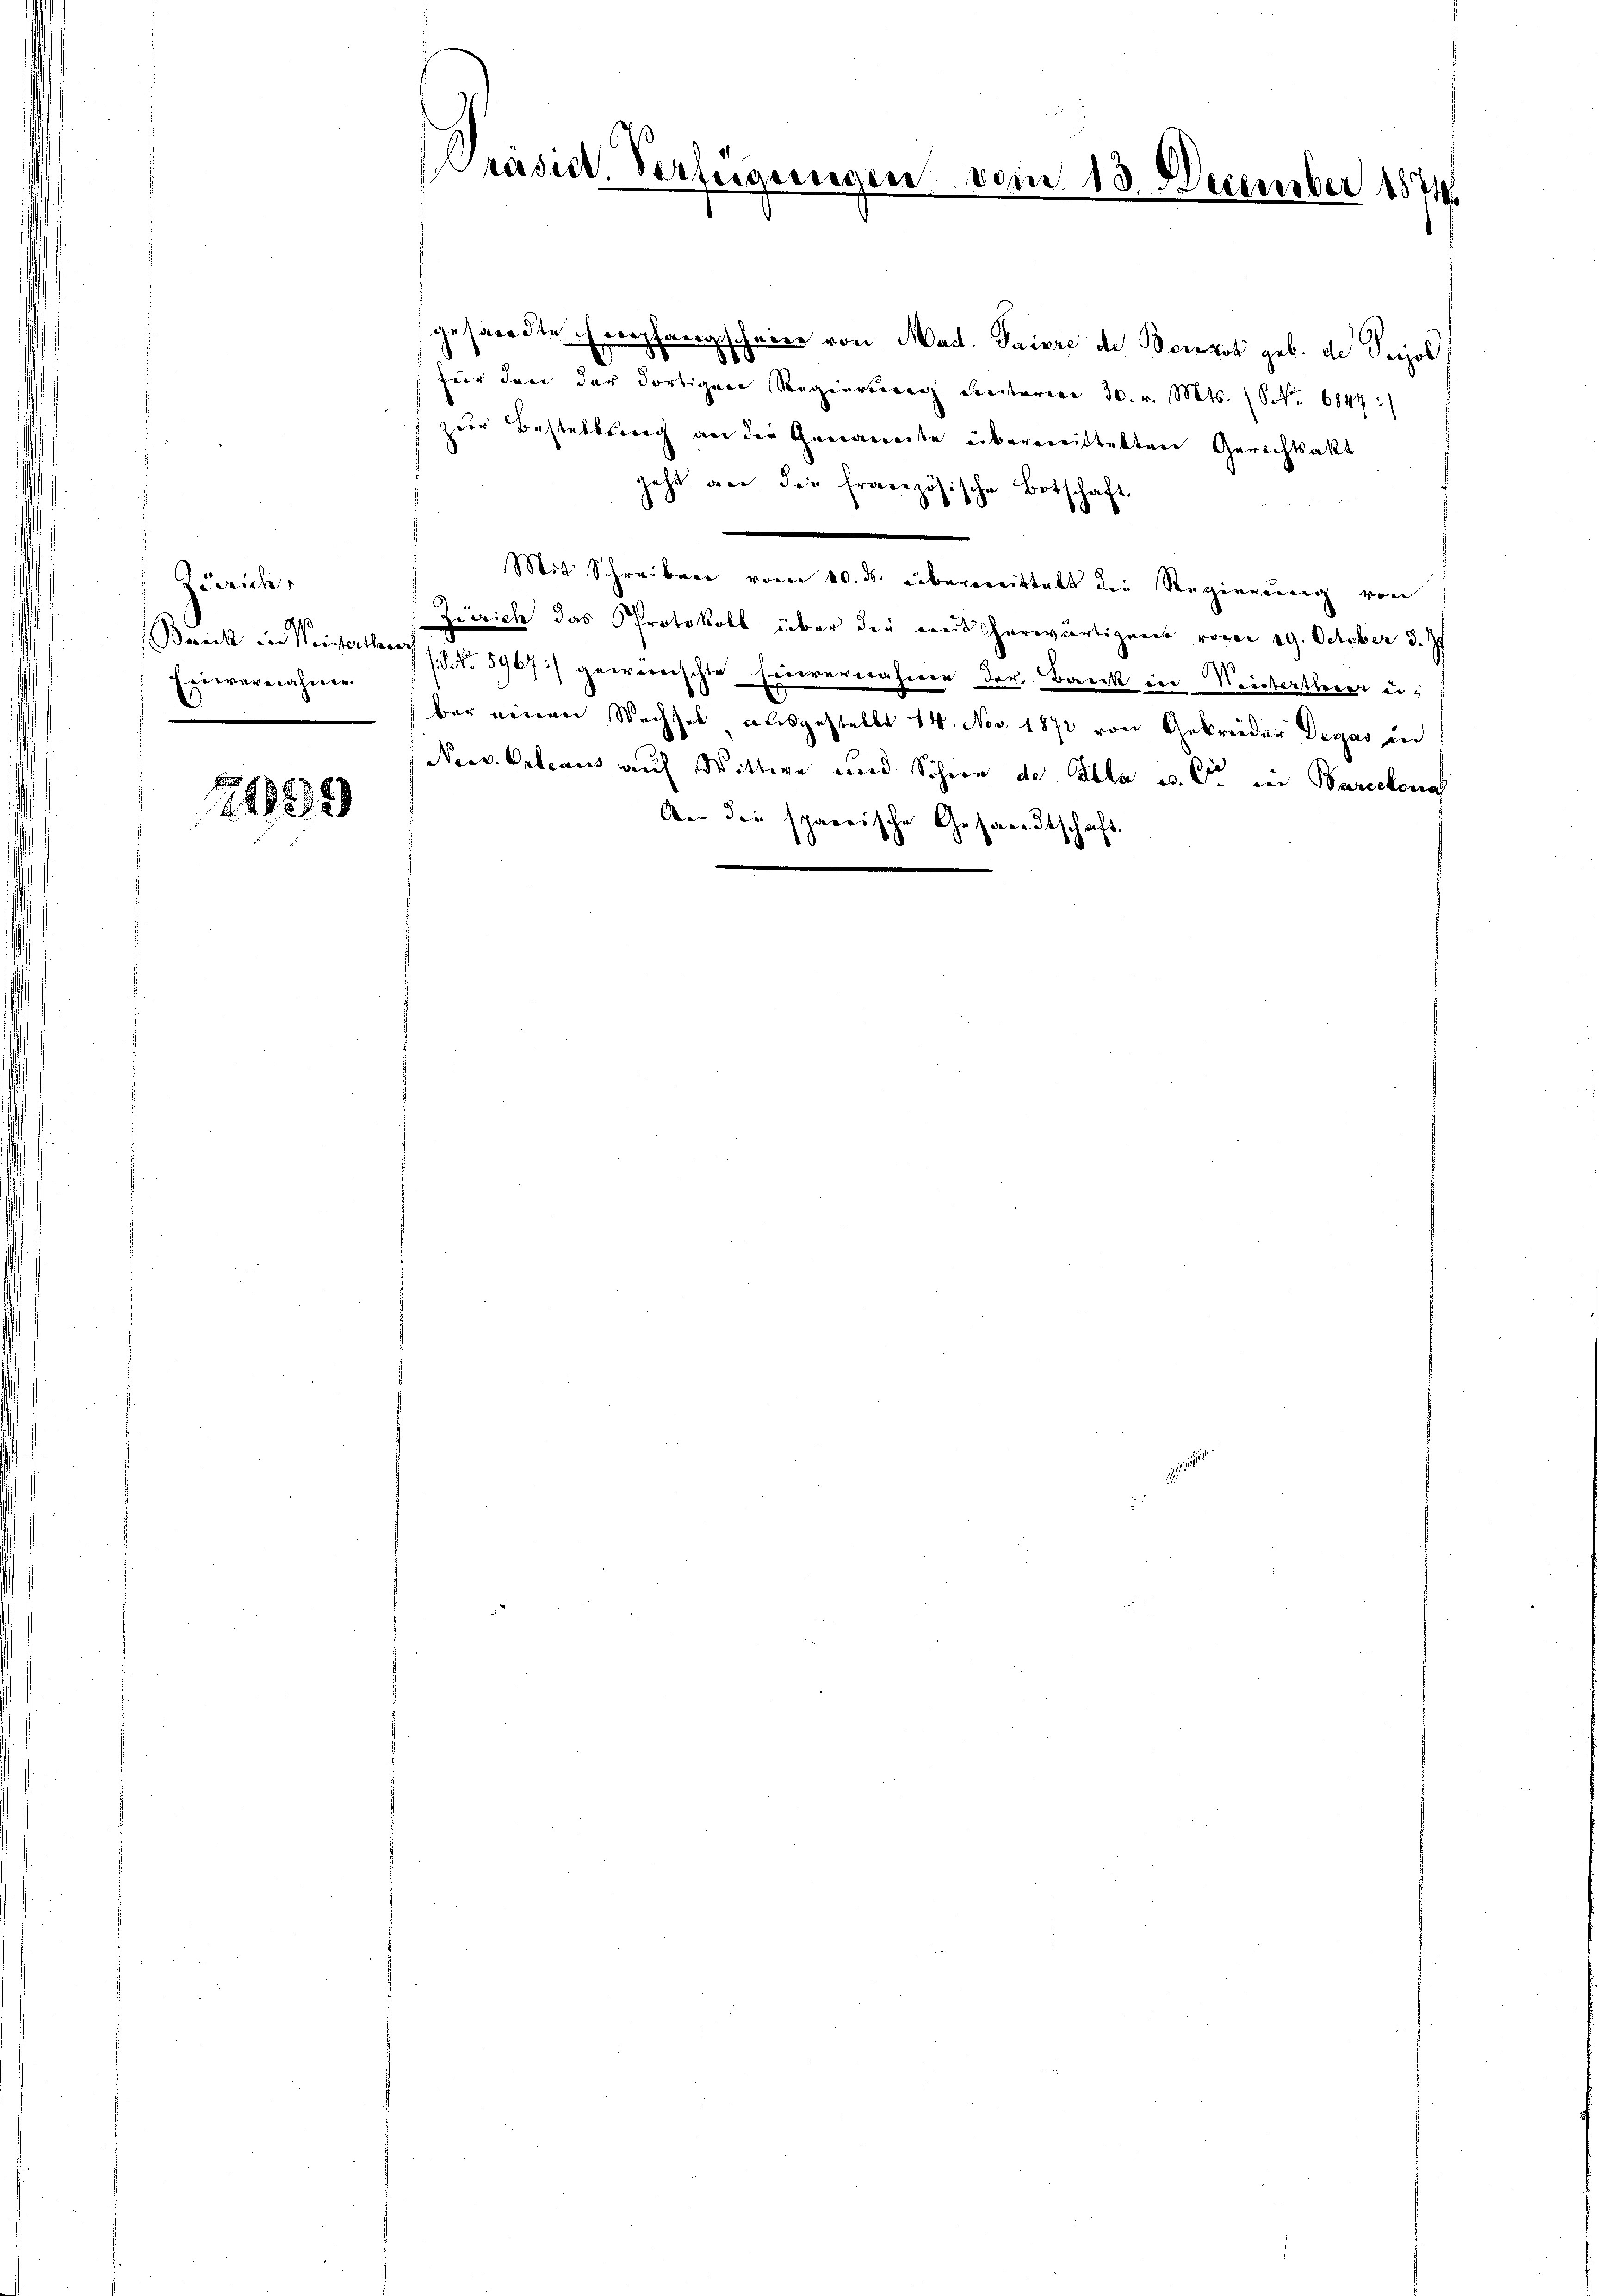
Zürich,
Rh
Bereck der Meisterthes
Exiiernahmen.

121859

Präsid. Verlegungen vom 13. December 1874.

gesandte Empfangscheine von Mad. Paivre de Bonzot geb. de Persol
für der der dortigen Regierung unterm 30. v. Mts. (Nr. 6847:
zur Bestellung an die Genauerte übermeistetten Gerichtsakt
jetzt an der französische Botschaft.
Mit Schreiben vom 10. ds. übermeistalt die Regierung von
Zürich das Protokoll über der weis herwärtigert vom 29. October 3.

NNo. 5967) gewärrischte Feuerernahmen der Bank in Weiertlerer eibar einen Wachsel ausgestellt 14. Nov. 1872 von Gebrüder Degus in
Neev. Orleans auf Wittwe und Söhne de Alle u. So in Barechena
Aer die sparnische Gesandtschaft.